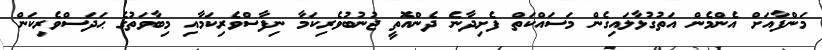
މަންފާއަށް އެންމެން އަތުގުޅާލައިގެން މަސައްކަތް ފެށިދާނެ ދެންއޮތީ ޖުނުބުވެރިކަމާ ނިފާސްވެރިކަމާއި މިބާވަތުގެ ޙަދަސްވެރިކަން